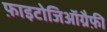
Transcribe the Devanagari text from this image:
फ़ाइटोजिऑग्रैफ़ी